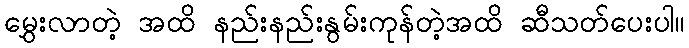
မွှေးလာတဲ့ အထိ နည်းနည်းနွမ်းကုန်တဲ့အထိ ဆီသတ်ပေးပါ။